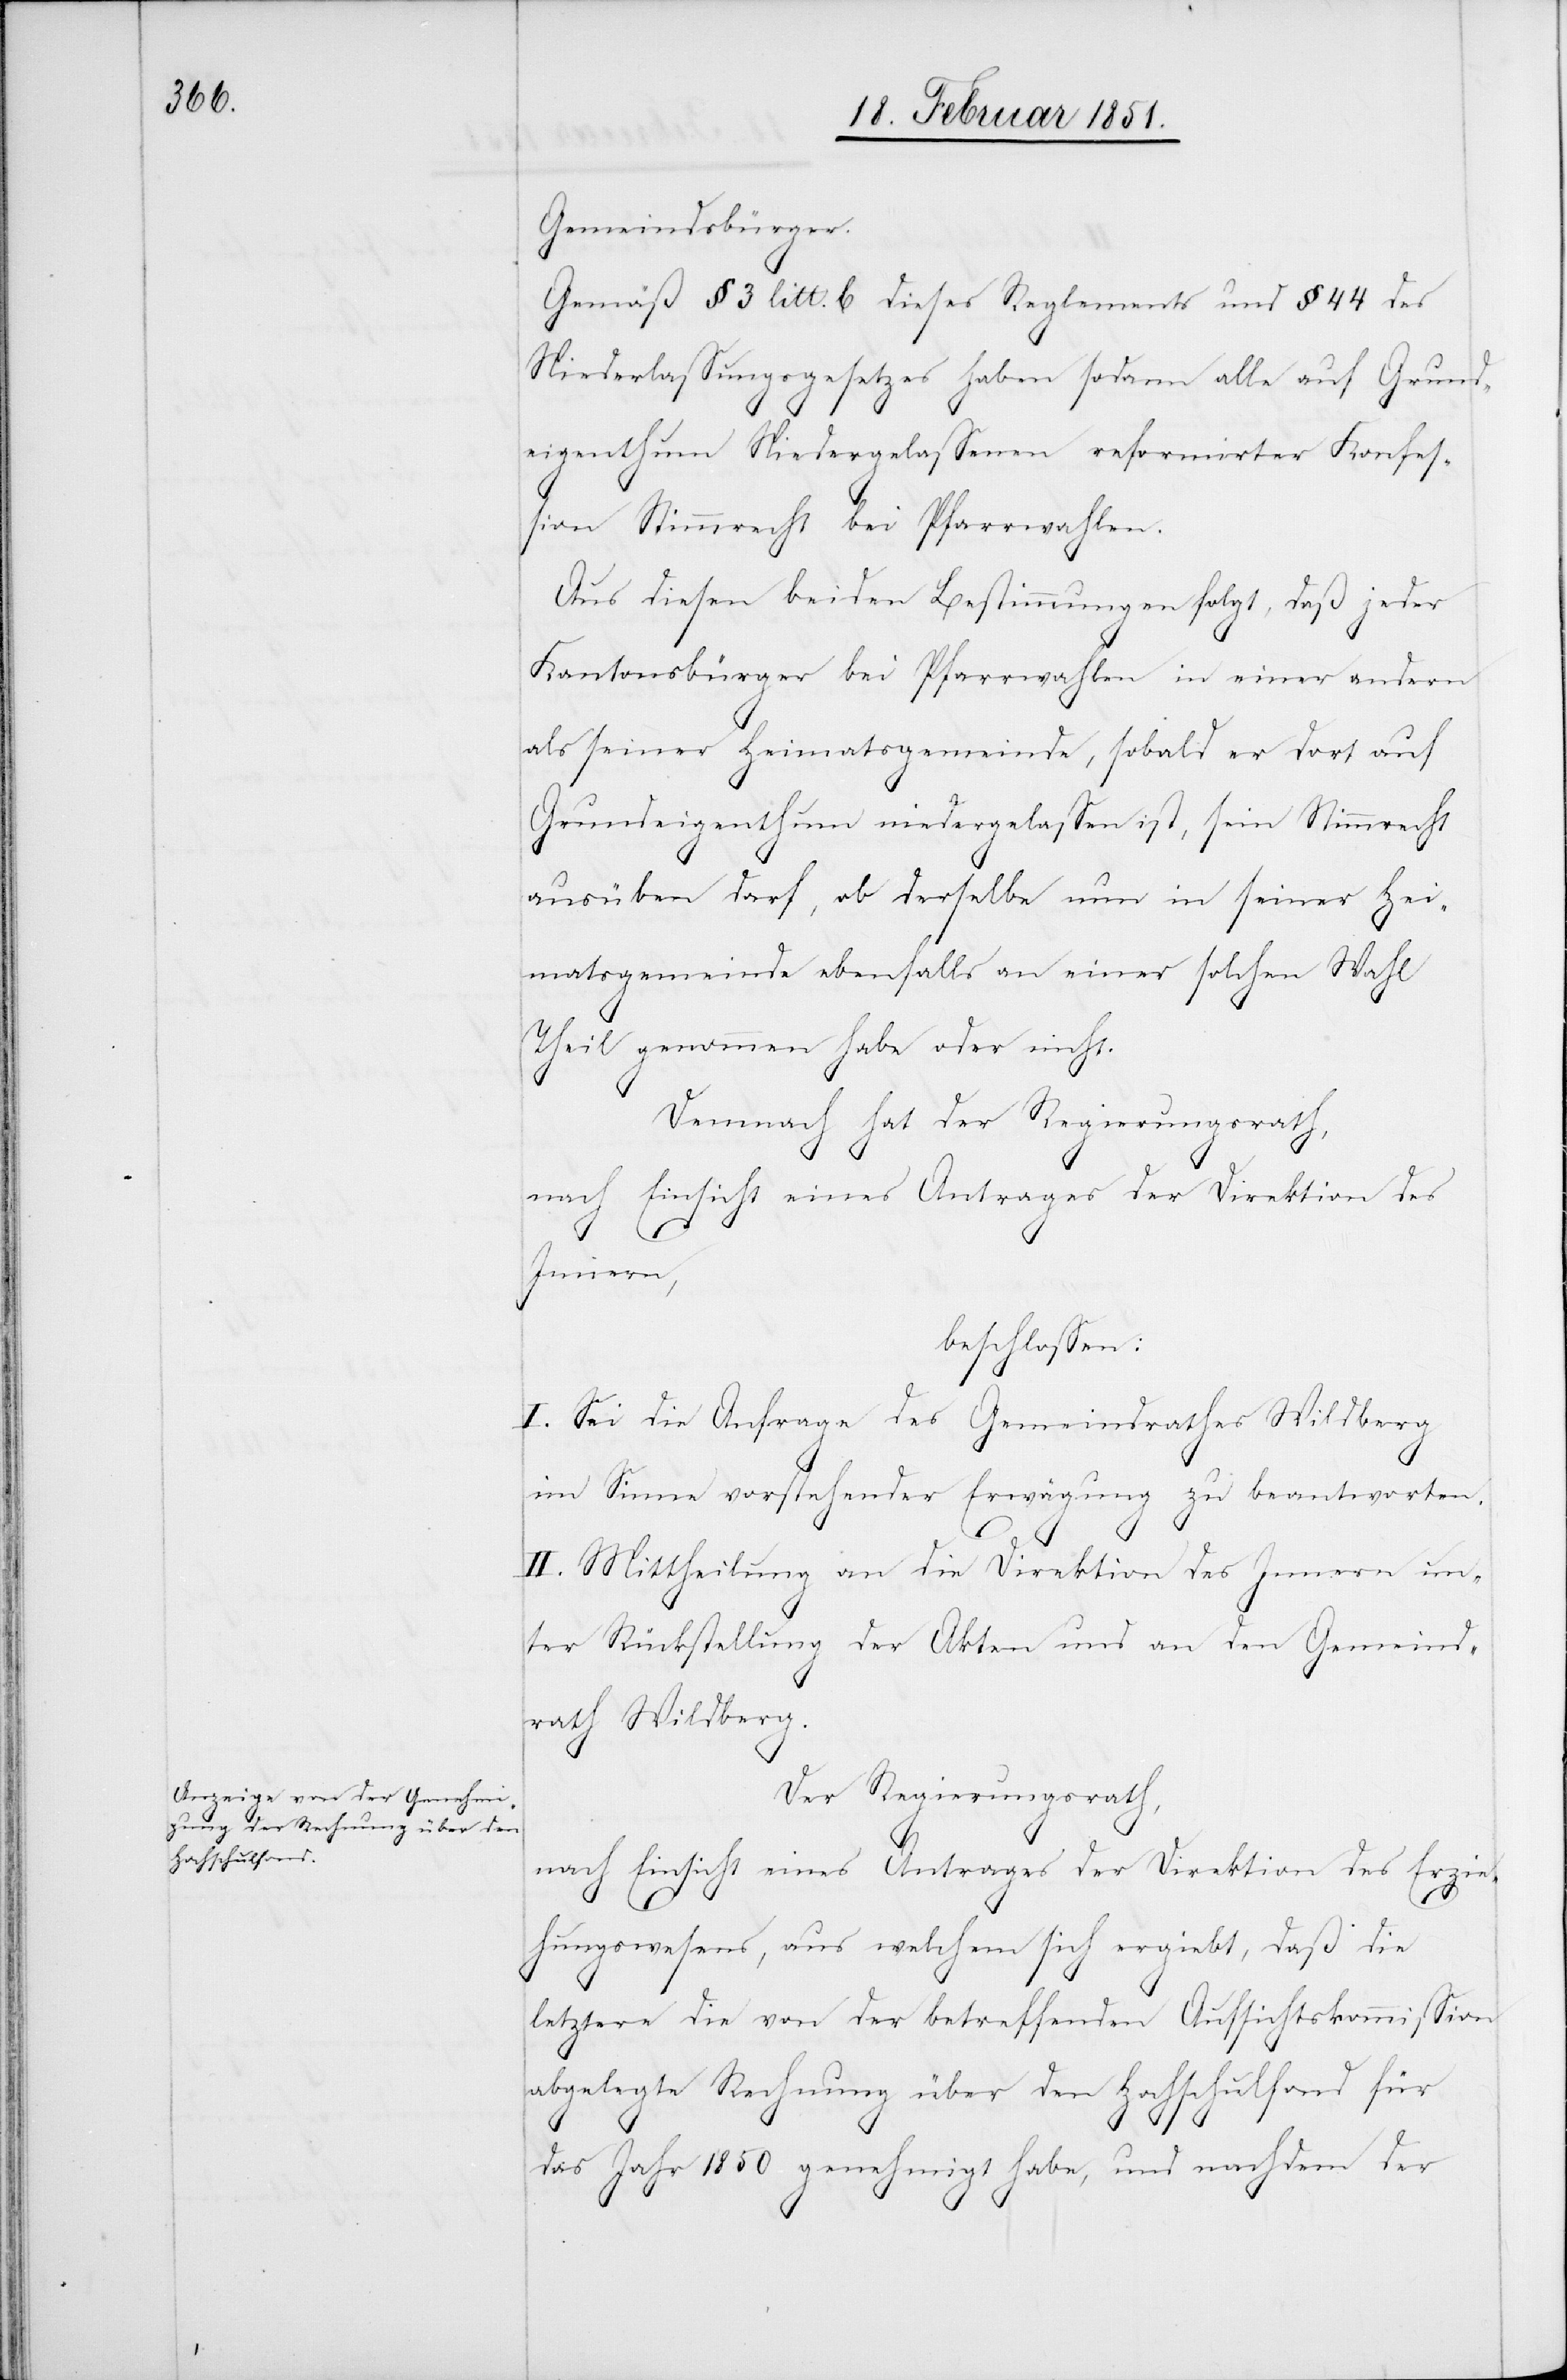
Gemeindsbürger.
Gemäß § 3 litt. b dieses Reglements und § 44 des
Niederlassungsgesetzes haben sodann alle auf Grund¬
eigenthum Niedergelassenen reformirter Konfes¬
sion Stimmrecht bei Pfarrwahlen.
Aus diesen beiden Bestimmungen folgt, daß jeder
Kantonsbürger bei Pfarrwahlen in einer andern
als seiner Heimatsgemeinde, sobald er dort auf
Grundeigenthum niedergelassen ist, sein Stimmrecht
ausüben darf, ob derselbe nun in seiner Hei¬
matsgemeinde ebenfalls an einer solchen Wahl
Theil genommen habe oder nicht.
Demnach hat der Regierungsrath,
nach Einsicht eines Antrages der Direktion des
Innern,
beschlossen:
I. Sei die Anfrage des Gemeindrathes Wildberg
im Sinne vorstehender Erwägung zu beantworten.
II. Mittheilung an die Direktion des Innern un¬
ter Rückstellung der Akten und an den Gemeind¬
rath Wildberg.
Der Regierungsrath,
nach Einsicht eines Antrages der Direktion des Erzie¬
hungswesens, aus welchem sich ergiebt, daß die
letztere die von der betreffenden Aufsichtskommission
abgelegte Rechnung über den Hochschulfond für
das Jahr 1850 genehmigt habe, und nachdem der